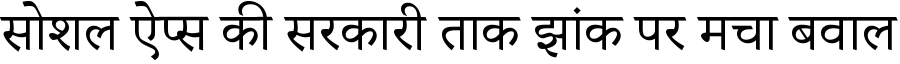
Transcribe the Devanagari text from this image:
सोशल ऐप्स की सरकारी ताक झांक पर मचा बवाल